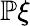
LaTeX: \mathbb{P}\xi